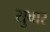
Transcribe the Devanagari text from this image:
सुचार